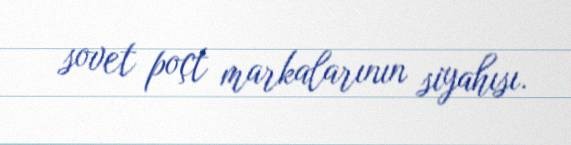
sovet poçt markalarının siyahısı.